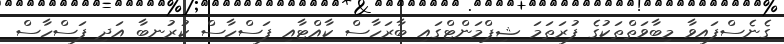
ގެނެސްފައިވާ މިބާވަތްތަކުގެ ފުރަތަމަ ޝިޕްމަންޓްގައި ބާރަހާސް ކާއްޓާއި ފަސްހާސް ކުރުނބާ އަދި ފަސްހާސް